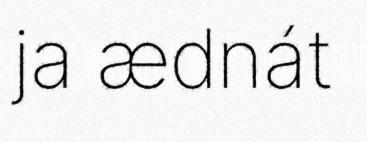
ja ædnát